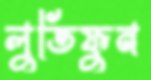
লুতিফুন